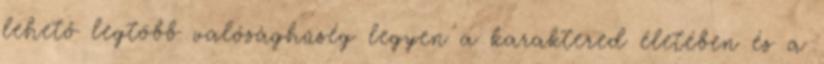
lehető legtöbb valósághűség legyen a karaktered életében és a